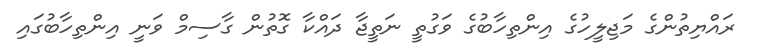
ރައްޔިތުންގެ މަޖިލީހުގެ އިންތިހާބުގެ ވަގުތީ ނަތީޖާ ދައްކާ ގޮތުން ގާސިމް ވަނީ އިންތިހާބުގައި